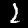
Digit: 2